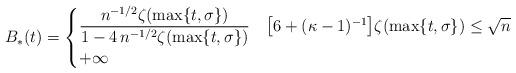
LaTeX: \begin{align*}B_*(t) = \begin{cases} \displaystyle \frac{n^{-1/2} \zeta(\max \{ t, \sigma \} )}{1 - 4 \, n^{-1/2} \zeta( \max \{ t, \sigma \} )} & \bigl[ 6 + (\kappa-1)^{-1} \bigr] \zeta( \max \{ t, \sigma \} ) \leq \sqrt{n} \\ + \infty & \end{cases} \end{align*}